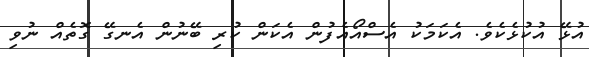
އުޅޭ އުކުޅެކެވެ. އެކަމަކު އެސްއޯއެފުން އެކަން ކުރި ބޭނުން އެނގޭ ގޮތެއް ނުވި